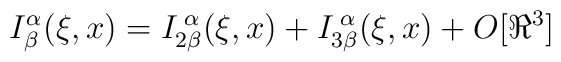
I^{\alpha}_{\beta}(\xi, x) = I^{\;\alpha}_{2\beta}(\xi, x) +I^{\;\alpha}_{3\beta}(\xi, x) + O[\Re^3]